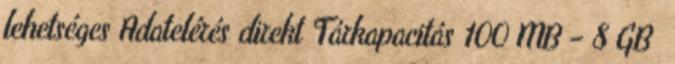
lehetséges Adatelérés direkt Tárkapacitás 100 MB – 8 GB